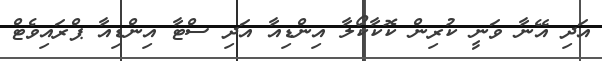
އަދި އޭނާ ވަނީ ކުރިން ކޮކާކޯލާ އިންޑިއާ އަދި ސްޓާ އިންޑިއާ ޕްރައިވެޓް